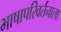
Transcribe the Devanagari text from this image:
भाषापरिवर्तनाला